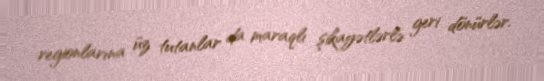
regionlarına üz tutanlar da maraqlı şikayətlərlə geri dönürlər.